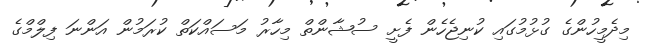
މިދެމީހުންގެ ގުޅުމުގައި ކުނިޖެހެން ފެށީ ސުޝާންތް މިހާރު މަސައްކަތް ކުރަމުން އަންނަ ފިލްމްގެ